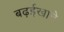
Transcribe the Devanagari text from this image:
बढ़ईखाने